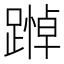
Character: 𨄵